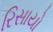
રિસાયો